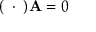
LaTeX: ( \mathbf { \partial } \cdot \mathbf { \partial } ) \mathbf { A } = 0